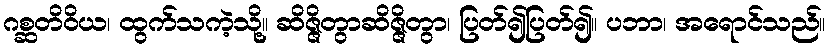
ဂစ္ဆတိဝိယ၊ ထွက်သကဲ့သို့။ ဆိဇ္ဇိတွာဆိဇ္ဇိတွာ၊ ပြတ်၍ပြတ်၍။ ပဘာ၊ အရောင်သည်။